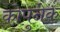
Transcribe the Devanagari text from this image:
कोपुनेक